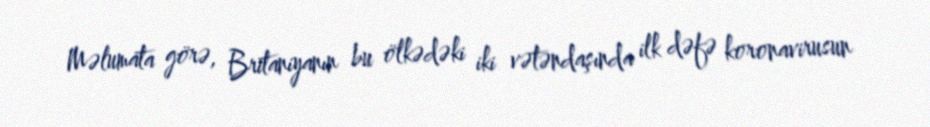
Məlumata görə, Britaniyanın bu ölkədəki iki vətəndaşında ilk dəfə koronavirusun